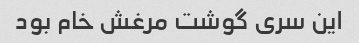
این سری گوشت مرغش خام بود